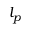
l _ { p }